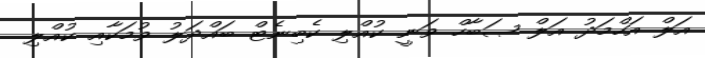
އަލް އަހްމަދު އަލް ޞަބާހް ވަނީ ކުއްލި ކެބިނެޓް ބައްދަލު ވުމަކާއި ކުއްލި